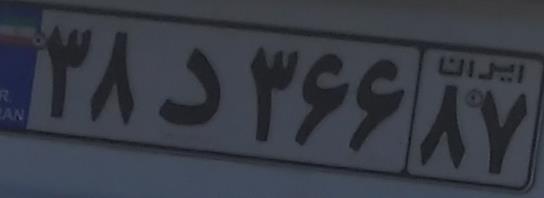
۳۸د۳۶۶۸۷